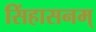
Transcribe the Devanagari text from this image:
सिंहासनम्